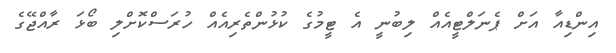
އިންޑިއާ އަށް ޕެނަލްޓީއެއް ލިބުނީ އެ ޓީމުގެ ކުޅުންތެރިއެއް ހުރަސްކޮށްލި ބޯޅަ ރާއްޖޭގެ